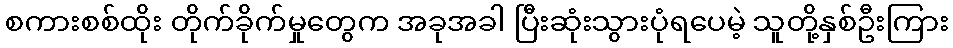
စကားစစ်ထိုး တိုက်ခိုက်မှုတွေက အခုအခါ ပြီးဆုံးသွားပုံရပေမဲ့ သူတို့နှစ်ဦးကြား